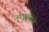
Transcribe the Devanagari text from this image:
आल्कुबियेरने